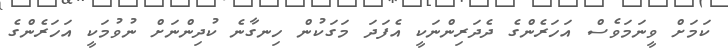
ކަމަށް ވީނަމަވެސް އަހަރެންގެ ދެދަރިންނަކީ އެފަދަ މަގަކުން ހިނގާނެ ކުދިންނަށް ނުވުމަކީ އަހަރެންގެ